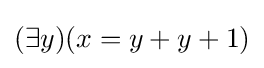
(\exists y)(x=y+y+1)